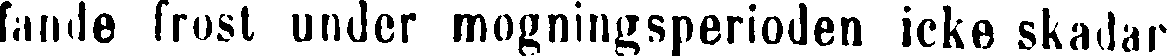
fande frost under mogningsperioden icke skadar